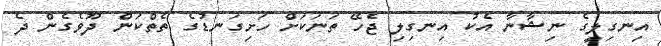
އިނގިލީގެ ނިޝާނާ އެކު އިނގިލި ޖެހޭ ތަނަކަށް ހަށިގަނޑުގެ ތެތްކަން ދޫވެގެން ދެ